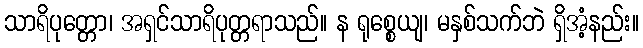
သာရိပုတ္တော၊ အရှင်သာရိပုတ္တရာသည်။ န ရုစ္စေယျ၊ မနှစ်သက်ဘဲ ရှိအံ့နည်း။